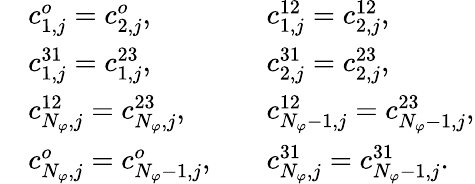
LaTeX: \begin{array}{rlrl}&{c_{1,j}^{o}=c_{2,j}^{o},}&&{c_{1,j}^{12}=c_{2,j}^{12},}\\ &{c_{1,j}^{31}=c_{1,j}^{23},}&&{c_{2,j}^{31}=c_{2,j}^{23},}\\ &{c_{N_{\varphi},j}^{12}=c_{N_{\varphi},j}^{23},}&&{c_{N_{\varphi}-1,j}^{12}=c_{N_{\varphi}-1,j}^{23},}\\ &{c_{N_{\varphi},j}^{o}=c_{N_{\varphi}-1,j}^{o},}&&{c_{N_{\varphi},j}^{31}=c_{N_{\varphi}-1,j}^{31}.}\end{array}